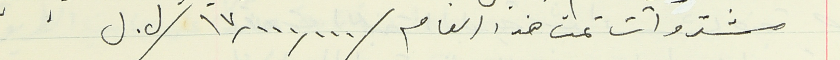
مشتروات تمت هذا العام  ١٧,٠٠٠,٠٠٠ / ل. ل